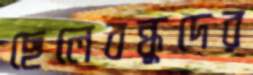
ছেলেবন্ধুদের